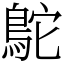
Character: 鴕